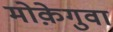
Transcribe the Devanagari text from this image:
मोक़ेगुवा